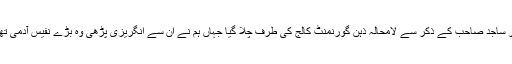
افسر ساجد صاحب کے ذکر سے لامحالہ ذہن گورنمنٹ کالج کی طرف چلا گیا جہاں ہم نے اُن سے انگریزی پڑھی وہ بڑے نفیس آدمی تھے۔